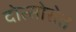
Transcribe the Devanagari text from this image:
दोत्सोरोत